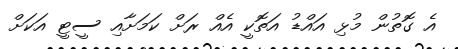
އެ ގޮތުން މުޅި އައްޑު އަތޮކީ އެއް ރަށް ކަމަށާއި ސީޓީ އަކަށް